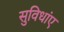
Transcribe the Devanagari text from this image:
सुविधांए